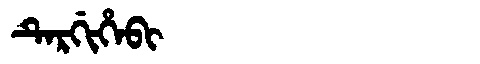
Manchu: ᡨᡝᡵᡤᡳᡥᡝᠪᡳ
Romanization: TERGIHEBI